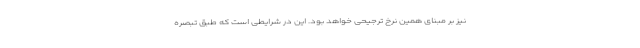
نیز بر مبنای همین نرخ ترجیحی خواهد بود. این در شرایطی است که طبق تبصره